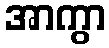
အာကွာ